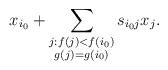
LaTeX: \begin{align*} x_{i_0}+\sum_{\substack{j: f(j)<f(i_0)\\g(j)=g(i_0)}}s_{{i_0}j}x_j. \end{align*}